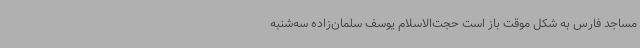
مساجد فارس به شکل موقت باز است حجت‌الاسلام یوسف سلمان‌زاده سه‌شنبه